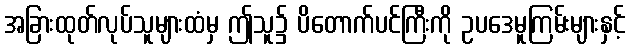
အခြားထုတ်လုပ်သူများထံမှ ဤသူ၌ ပိတောက်ပင်ကြီးကို ဥပဒေမူကြမ်းများနှင့်